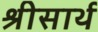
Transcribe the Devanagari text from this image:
श्रीसार्थ